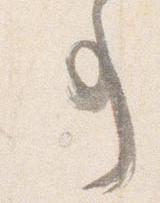
事